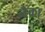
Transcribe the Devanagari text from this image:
नैका